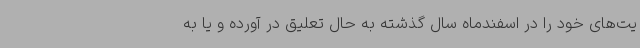
یت‌های خود را در اسفندماه سال گذشته به حال تعلیق در آورده و یا به